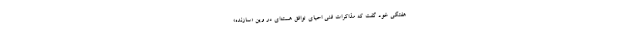
هفتگی خود گفت که مذاکرات فنی احیای توافق هسته‌ای در وین «سازنده»